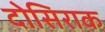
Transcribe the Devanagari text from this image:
दोसिराक